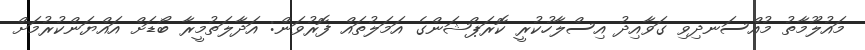
މައުލޫމާތު މުއްސަނދިވި ގަވާއިދު އިސްލާހުކުރީ ކޮރަޕްޝަންގެ އަމަލުތައް ފޮރުވަން: އަދާލަތުމީރާ ބޯޑަށް އައްޔަންކުރުމަށް